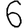
Digit: 6